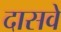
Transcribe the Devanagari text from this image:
दासवे